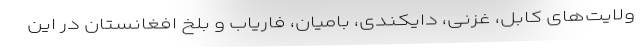
ولایت‌های کابل، غزنی، دایکندی، بامیان، فاریاب و بلخ افغانستان در این